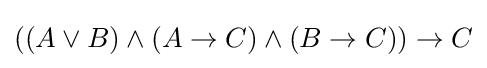
((A\lor B)\land (A\to C)\land (B\to C))\to C